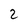
Character: 2